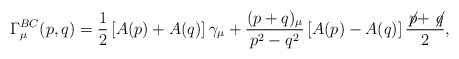
\begin{align*}\Gamma_\mu^{BC} (p,q) = \frac{1}{2} \left[ A(p) + A(q) \right] \gamma_\mu + \frac{(p + q)_\mu}{p^2 - q^2} \left[ A(p) - A(q) \right] \frac{\not\!p + \not\!q}{2}, \end{align*}